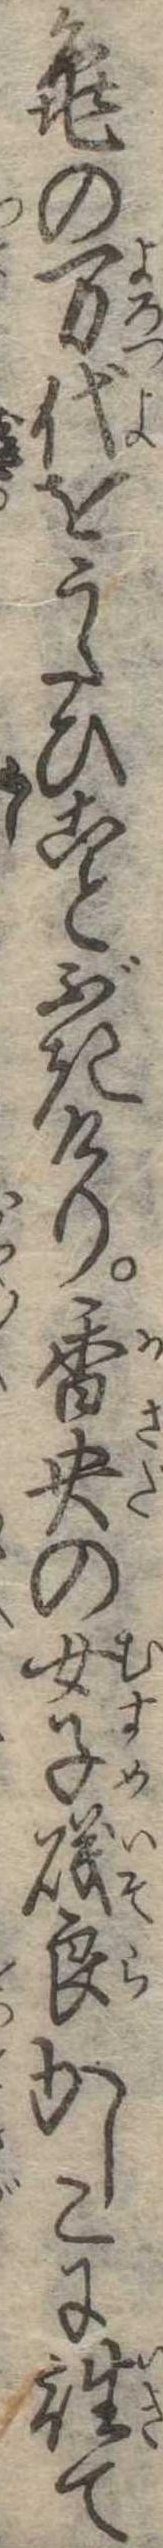
亀の万代をうたひことぶきけり香央の女子磯良かしこに往て